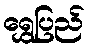
ရွှေပြည်